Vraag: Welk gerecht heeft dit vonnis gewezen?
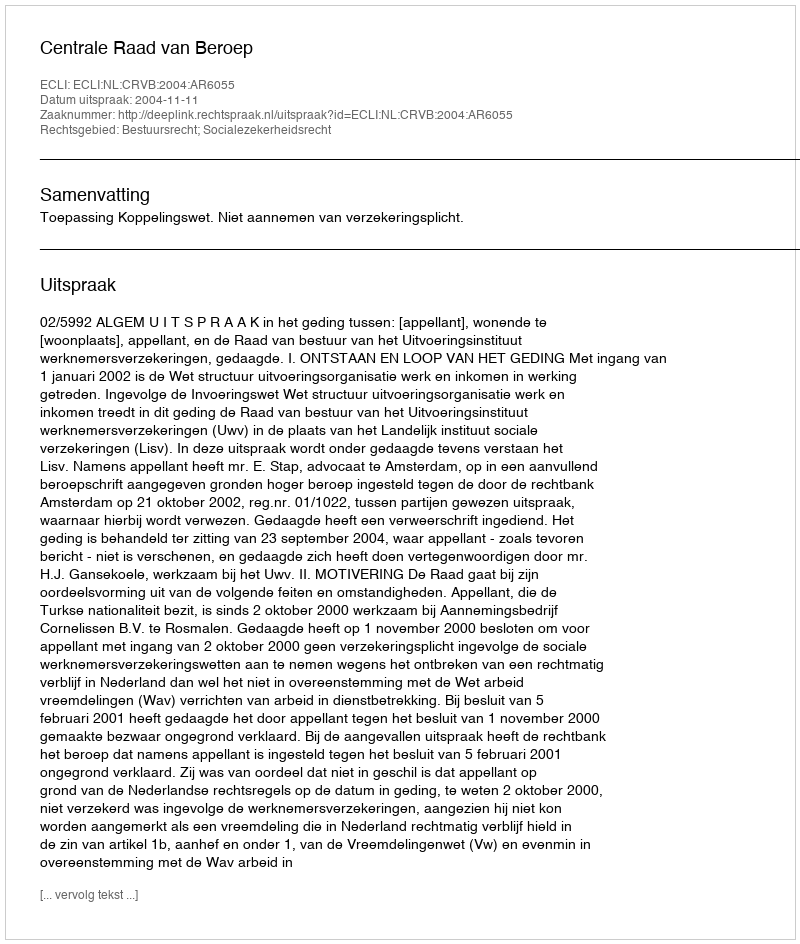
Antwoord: Centrale Raad van Beroep